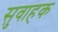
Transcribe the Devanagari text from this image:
सुवाहक